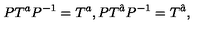
P T ^ { a } P ^ { - 1 } = T ^ { a } , P T ^ { \hat { a } } P ^ { - 1 } = T ^ { \hat { a } } , \,